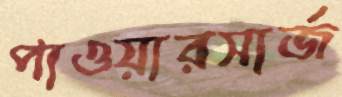
পাওয়ারসার্জ